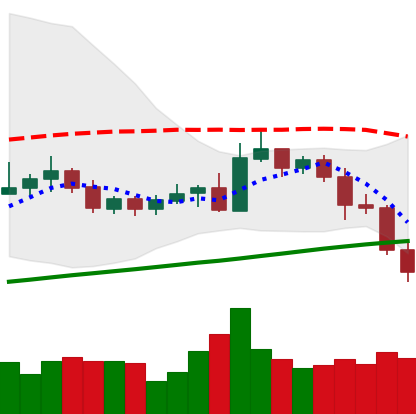
Ticker: NEO-USD
Chart end date: 2020-10-29
Forward return: -3.94%
Label: down_3_5